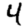
Digit: 4